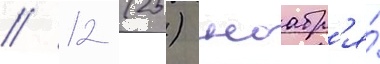
// 12 (25) ноабр'я́